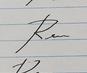
Signature authenticity: forged